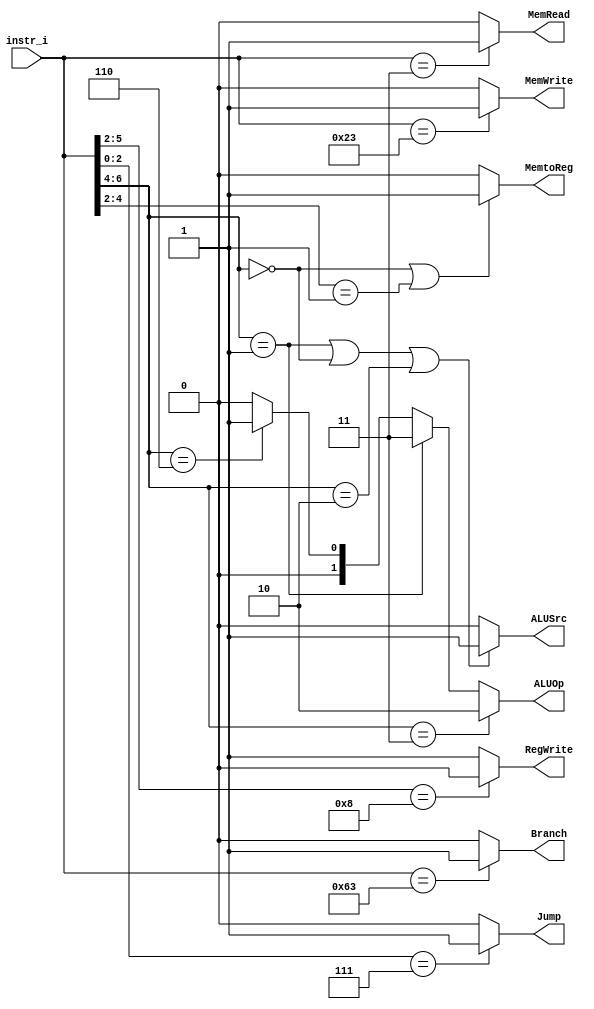
`timescale 1ns/1ps

module Decoder(
    input [7-1:0]      instr_i,
    output reg         Branch,
    output reg         ALUSrc,
    output reg         RegWrite,
    output reg [2-1:0] ALUOp,
    output reg         MemRead,
    output reg         MemWrite,
    output reg         MemtoReg,
    output reg         Jump
);

//Internal Signals
wire    [7-1:0]     opcode;
wire    [3-1:0]     funct3;
wire    [3-1:0]     Instr_field;
wire    [9:0]       Ctrl_o;

/* Write your code HERE */
assign opcode = instr_i[6:0];

always @(*) begin
    RegWrite <= (opcode[5:2] == 4'b1000) ? 1'b0 : 1'b1;
    //only store and branch no need
    Branch   <= (opcode == 7'b1100011) ? 1'b1 : 1'b0;
    //only branch 
    Jump     <= (opcode[2:0] == 3'b111) ? 1'b1 : 1'b0;
    //only jal jalr
    MemRead  <= (opcode == 7'b0000011) ? 1'b1 : 1'b0;
    //only load need
    MemWrite <= (opcode == 7'b0100011) ? 1'b1 : 1'b0;
    //only store need
    ALUSrc   <= (opcode[6:4] == 3'b001 || opcode[6:4] == 3'b000 || opcode[6:4] == 3'b010) ? 1'b1 : 1'b0;
    //choose imm
    ALUOp    <= (opcode[6:4] == 3'b011) ? 2'b10 : (opcode[6:4] == 3'b001) ? 2'b11 : (opcode[6:4] == 3'b110) ? 2'b01 : 2'b00;

    MemtoReg <= (opcode[6:4] == 3'b000 || opcode[4:2] == 3'b001)? 1'b1 : 1'b0 ;
    //only load  jalr 
end

endmodule